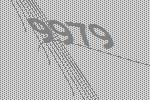
9979